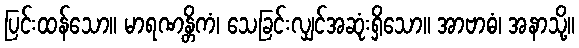
ပြင်းထန်သော။ မာရဏန္တိကံ၊ သေခြင်းလျှင်အဆုံးရှိသော။ အာဗာဓံ၊ အနာသို့။